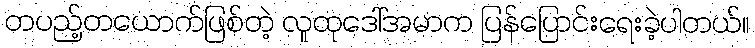
တပည့်တယောက်ဖြစ်တဲ့ လူထုဒေါ်အမာက ပြန်ပြောင်းရေးခဲ့ပါတယ်။